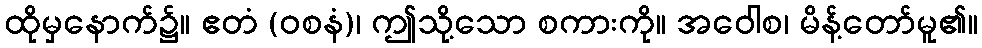
ထိုမှနောက်၌။ ဧတံ (ဝစနံ)၊ ဤသို့သော စကားကို။ အဝေါစ၊ မိန့်တော်မူ၏။